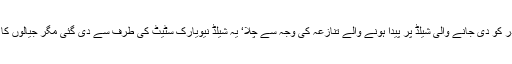
یاد دہانی کا یہ دور زرداری صاحب کے خطاب کے بعد چلا‘ یہ دور صدر کو دی جانے والی شیلڈ پر پیدا ہونے والے تنازعہ کی وجہ سے چلا‘ یہ شیلڈ نیویارک سٹیٹ کی طرف سے دی گئی مگر جیالوں کا اصرار تھا کہ اسے پیپلز پارٹی یو ایس اے کی جانب سے دینا چاہئے تھا۔